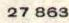
27 863